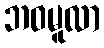
ဘဝမူလာ